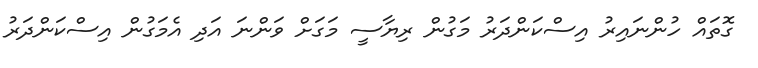
ގޮތައް ހުންނައިރު އިސްކަންދަރު މަގުން ރިޔާސީ މަގަށް ވަންނަ އަދި އެމަގުން އިސްކަންދަރު